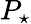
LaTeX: P_{\star}